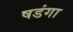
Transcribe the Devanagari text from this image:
षडंगा